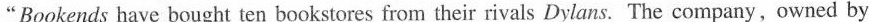
“Bookends have bought ten bookstores from their rivals Dylans. The company, owned by